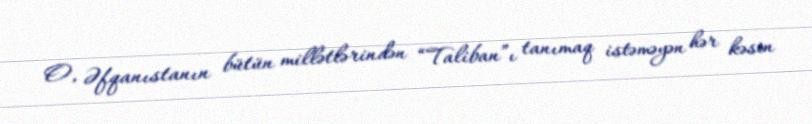
O, Əfqanıstanın bütün millətlərindən “Taliban”ı tanımaq istəməyən hər kəsin